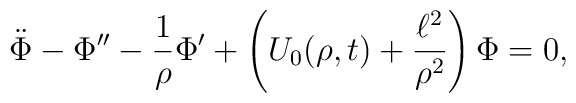
\ddot\Phi - \Phi'' - \frac{1}{\rho}\Phi' + \left( U_0(\rho,t) +    \frac{\ell^2}{\rho^2}\right)\Phi = 0,